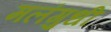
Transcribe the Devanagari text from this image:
मलंगुधी